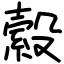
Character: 縠